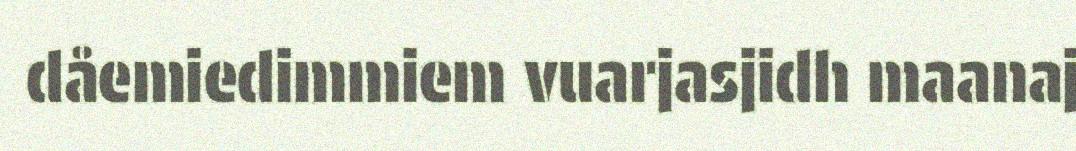
dåemiedimmiem vuarjasjidh maanaj